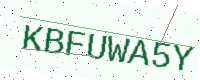
Text: KBFUWA5Y